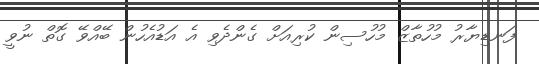
ފަނޑިޔާރު މުހުތާޒް މުހުސިން ކުރިއަށް ގެންދެވި އެ އަޑުއެހުން ބޭއްވޭ ގޮތް ނުވީ